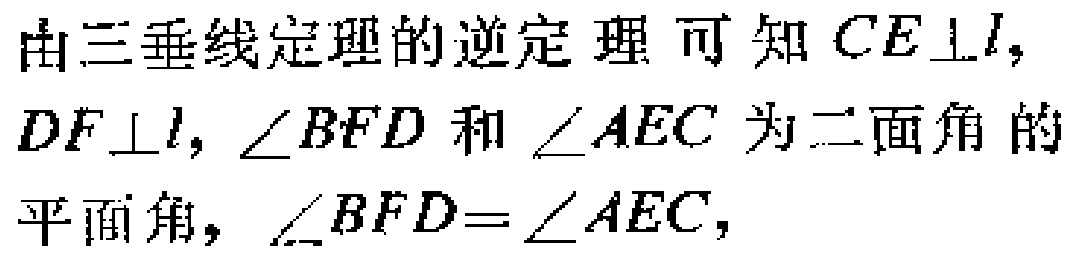
由三垂线定理的逆定理可知 \(CE\perp l\)，\(DF\perp l\)，\(\angle BFD\) 和 \(\angle AEC\) 为二面角的平面角，\(\angle BFD = \angle AEC\)，